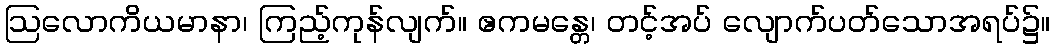
ဩလောကိယမာနာ၊ ကြည့်ကုန်လျက်။ ဧကမန္တေ၊ တင့်အပ် လျောက်ပတ်သောအရပ်၌။